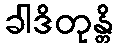
ခါဒိတုန္တိ